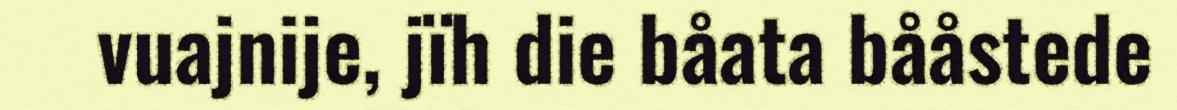
vuajnije, jïh die båata bååstede